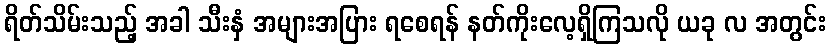
ရိတ်သိမ်းသည့် အခါ သီးနှံ အများအပြား ရစေရန် နတ်ကိုးလေ့ရှိကြသလို ယခု လ အတွင်း